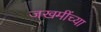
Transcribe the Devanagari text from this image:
जखमींच्या